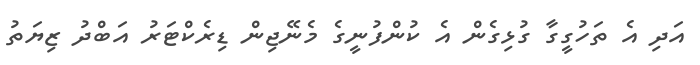
އަދި އެ ތަހުގީގާ ގުޅިގެން އެ ކުންފުނީގެ މެނޭޖިން ޑިރެކްޓަރު އަބްދު ޒިޔަތު